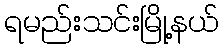
ရမည်းသင်းမြို့နယ်